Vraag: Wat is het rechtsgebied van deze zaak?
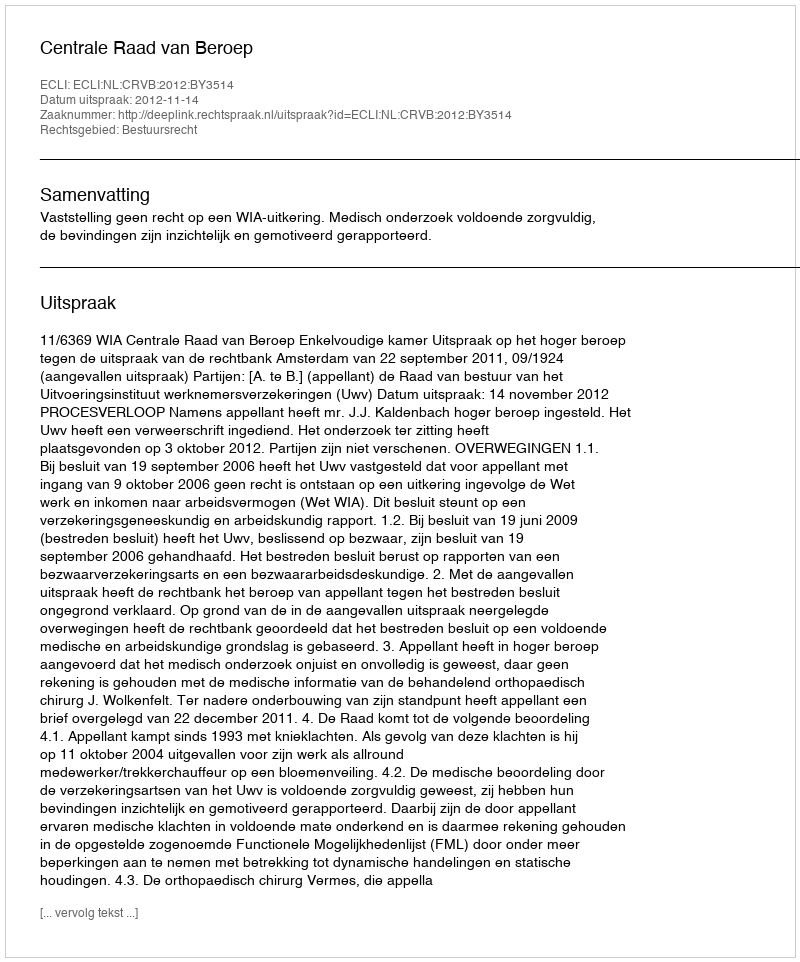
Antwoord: Bestuursrecht